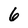
Character: 6